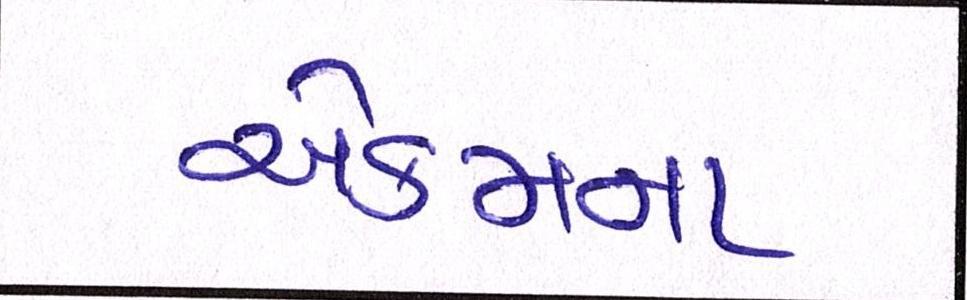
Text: એકમના